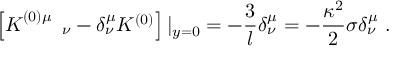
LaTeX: \left[ K _ { \quad \quad \nu } ^ { ( 0 ) \mu } - \delta _ { \nu } ^ { \mu } K ^ { ( 0 ) } \right] | _ { y = 0 } = - { \frac { 3 } { l } } \delta _ { \nu } ^ { \mu } = - { \frac { \kappa ^ { 2 } } { 2 } } \sigma \delta _ { \nu } ^ { \mu } \ .